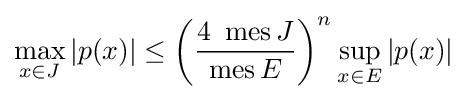
\max _{x\in J}|p(x)|\leq \left({\frac {4\,\,\operatorname {mes} J}{\operatorname {mes} E}}\right)^{n}\sup _{x\in E}|p(x)|